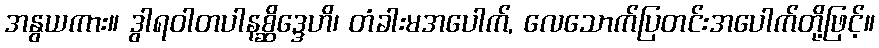
အနွယကား။ ဒွါရဝါတပါနစ္ဆိဒ္ဒေဟိ၊ တံခါးမအပေါက်, လေသောက်ပြတင်းအပေါက်တို့ဖြင့်။